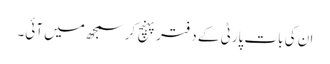
ان کی بات پارٹی کے دفتر پہنچ کر سمجھ میں آئی۔